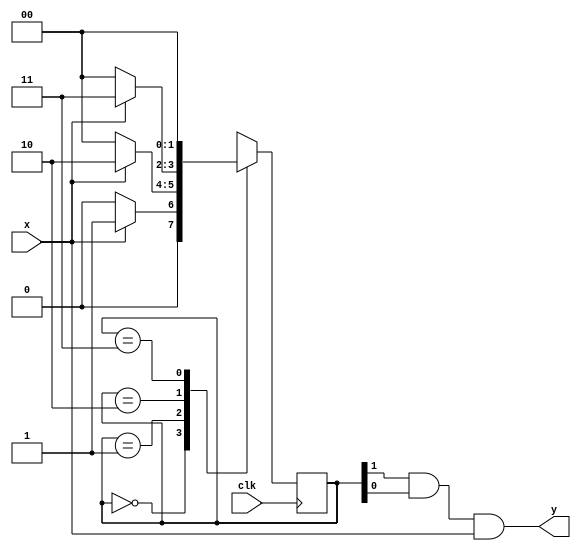
module FSM(

        input clk,

        input x,

        output y);

    reg [1:0] state;

    assign y = state[1] & state[0] & x;

    always @ (posedge clk)

        case (state)

            2'b00: state <= x?2'b01:2'b00; // If the current state is 2'b00, it checks the value of signal x. If x is true (non-zero), it transitions to state 2'b01; otherwise, it stays in state 2'b00

            2'b01: state <= x?2'b10:2'b00; // If the current state is 2'b01, it checks the value of signal x. If x is true (non-zero), it transitions to state 2'b10; otherwise, it stays in state 2'b00

            2'b10: state <= x?2'b11:2'b00; // If the current state is 2'b10, it checks the value of signal x. If x is true (non-zero), it transitions to state 2'b11; otherwise, it stays in state 2'b00

            2'b11: state <= 2'b00; // If the current state is 2'b11, it always transitions back to state 2'b00
            
            default: state <= 2'b00;
        endcase

endmodule